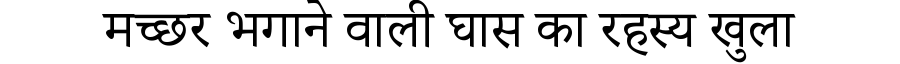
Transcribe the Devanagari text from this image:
मच्छर भगाने वाली घास का रहस्य खुला